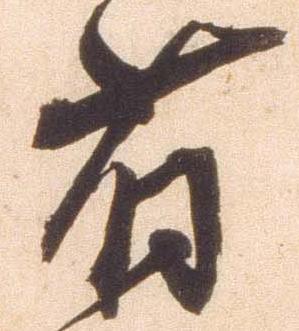
省